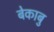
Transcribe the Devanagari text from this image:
बेकाबु